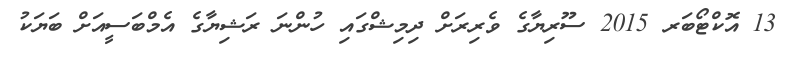
13 އޮކްޓޯބަރ 2015 ސޫރިޔާގެ ވެރިރަށް ދިމިޝްގައި ހުންނަ ރަޝިޔާގެ އެމްބަސީއަށް ބަޔަކު